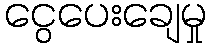
ငွေပေးချေမှု